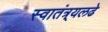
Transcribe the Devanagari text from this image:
स्वातंत्र्यलढे